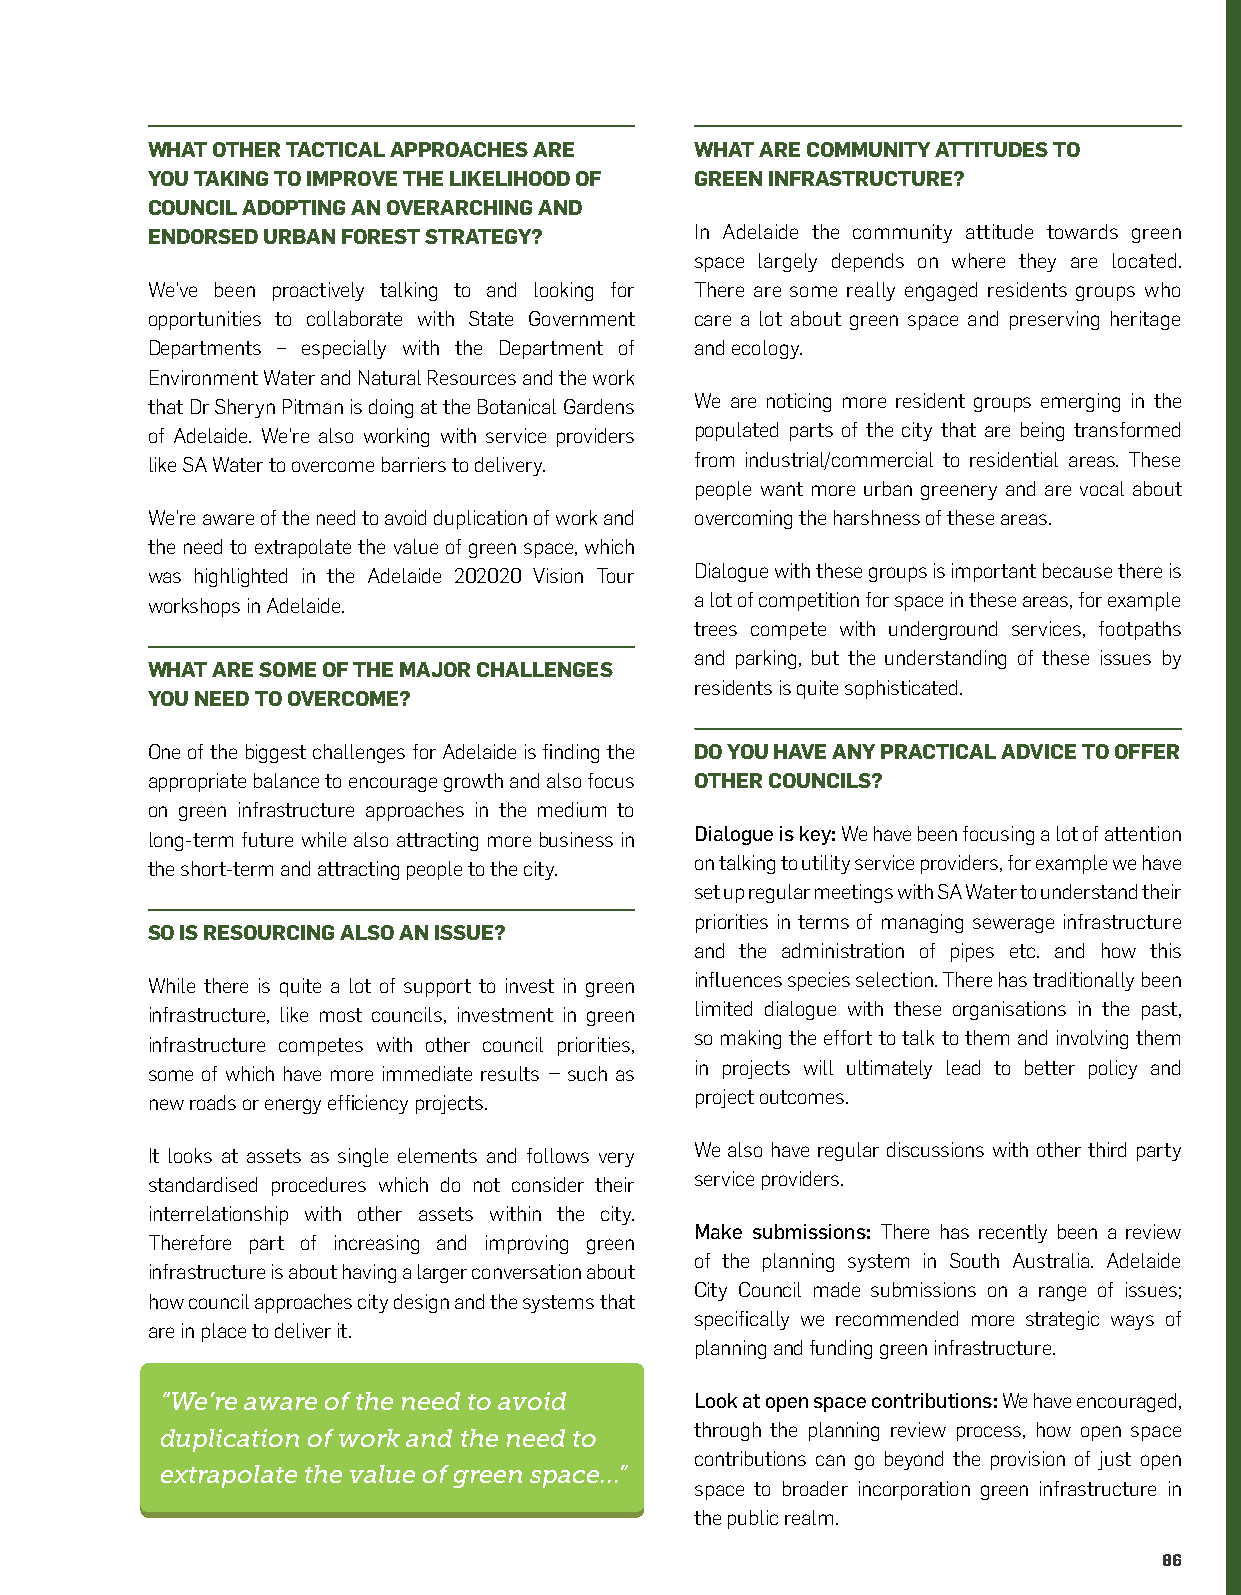
WHAT OTHER TACTICAL APPROACHES ARE  WHAT ARE COMMUNITY ATTITUDES TO
 YOU TAKING TO IMPROVE THE LIKELIHOOD OF GREEN INFRASTRUCTURE?
 COUNCIL ADOPTING AN OVERARCHING AND
 ENDORSED URBAN FOREST STRATEGY?     In Adelaide the community attitude towards green
 space largely depends on where they are located.
 We’ve been proactively talking to and looking for There are some really engaged residents groups who
 opportunities to collaborate with State Government care a lot about green space and preserving heritage
 Departments – especially with the Department of and ecology.
 Environment Water and Natural Resources and the work
 that Dr Sheryn Pitman is doing at the Botanical Gardens We are noticing more resident groups emerging in the
 of Adelaide. We’re also working with service providers populated parts of the city that are being transformed
 like SA Water to overcome barriers to delivery. from industrial/commercial to residential areas. These
 people want more urban greenery and are vocal about
 We’re aware of the need to avoid duplication of work and overcoming the harshness of these areas.
 the need to extrapolate the value of green space, which
 was highlighted in the Adelaide 202020 Vision Tour Dialogue with these groups is important because there is
 workshops in Adelaide.              a lot of competition for space in these areas, for example
 trees compete with underground services, footpaths
 and parking, but the understanding of these issues by
 WHAT ARE SOME OF THE MAJOR CHALLENGES
 residents is quite sophisticated.
 YOU NEED TO OVERCOME?
 One of the biggest challenges for Adelaide is finding the DO YOU HAVE ANY PRACTICAL ADVICE TO OFFER
 appropriate balance to encourage growth and also focus OTHER COUNCILS?
 on green infrastructure approaches in the medium to
 long-term future while also attracting more business in Dialogue is key: We have been focusing a lot of attention
 the short-term and attracting people to the city. on talking to utility service providers, for example we have
 set up regular meetings with SA Water to understand their
 priorities in terms of managing sewerage infrastructure
 SO IS RESOURCING ALSO AN ISSUE?
 and the administration of pipes etc. and how this
 influences species selection. There has traditionally been
 While there is quite a lot of support to invest in green
 limited dialogue with these organisations in the past,
 infrastructure, like most councils, investment in green
 so making the effort to talk to them and involving them
 infrastructure competes with other council priorities,
 in projects will ultimately lead to better policy and
 some of which have more immediate results – such as
 project outcomes.
 new roads or energy efficiency projects.
 We also have regular discussions with other third party
 It looks at assets as single elements and follows very
 service providers.
 standardised procedures which do not consider their
 interrelationship with other assets within the city.
 Make submissions: There has recently been a review
 Therefore part of increasing and improving green
 of the planning system in South Australia. Adelaide
 infrastructure is about having a larger conversation about
 City Council made submissions on a range of issues;
 how council approaches city design and the systems that
 specifically we recommended more strategic ways of
 are in place to deliver it.
 planning and funding green infrastructure.
 “We’re aware of the need to avoid  Look at open space contributions: We have encouraged,
 through the planning review process, how open space
 duplication of work and the need to
 contributions can go beyond the provision of just open
 extrapolate the value of green space...”
 space to broader incorporation green infrastructure in
 the public realm.
 86